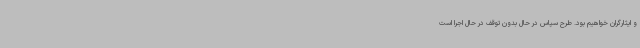
و ایثارگران خواهیم بود. طرح سپاس در حال بدون توقف در حال اجرا است